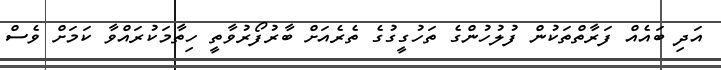
އަދި ބައެއް ފަރާތްތަކުން ފުލުހުންގެ ތަހުގީގުގެ ތެރެއަށް ބާރުފޯރުވާތީ ހިތާމަކުރައްވާ ކަމަށް ވެސް